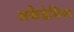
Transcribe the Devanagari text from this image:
अकैडेमिया